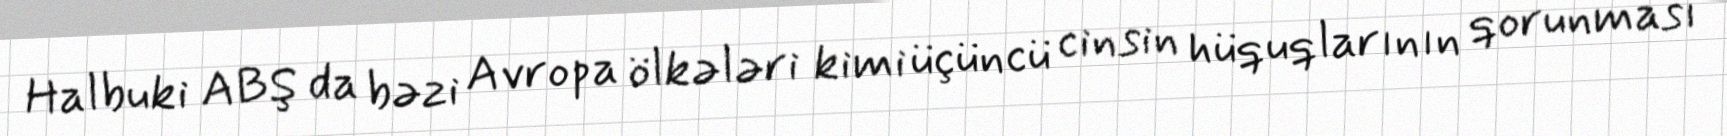
Halbuki ABŞ da bəzi Avropa ölkələri kimi üçüncü cinsin hüquqlarının qorunması